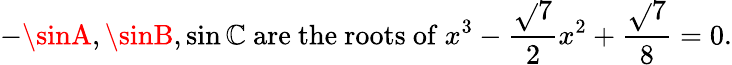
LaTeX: -\sinA,\sinB,\sin\mathbb{C}{\mathrm{{~are~the~roots~of~}}}x^{3}-{\frac{{\sqrt{}{{7}}}}{{2}}}x^{2}+{\frac{{\sqrt{}{{7}}}}{{8}}}=0.